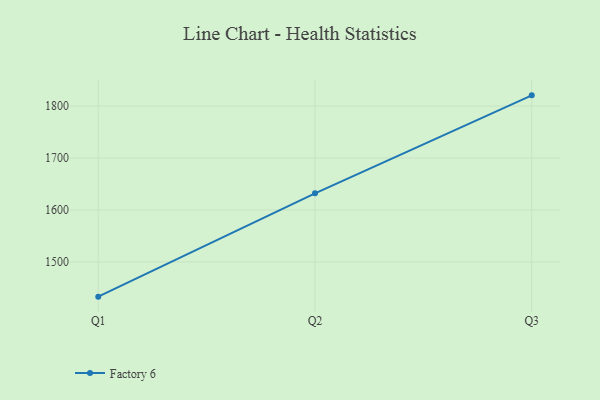
{"axis": {"x": "Quarter", "y": "Humidity (%)"}, "legend": ["Factory 6"], "data": [{"x": "Q1", "y": 1433.1, "type": "Factory 6"}, {"x": "Q2", "y": 1632.1, "type": "Factory 6"}, {"x": "Q3", "y": 1820.7, "type": "Factory 6"}]}